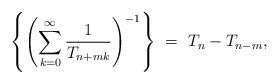
LaTeX: \begin{align*} \left\{\left(\sum^{\infty}_{k = 0} \frac{1}{T_{n + mk}}\right)^{-1}\right\} \ =\ T_{n} - T_{n-m},\end{align*}